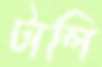
টালি